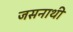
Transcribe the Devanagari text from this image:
जसनाथी